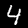
Digit: 4